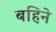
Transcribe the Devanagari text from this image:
बहिने